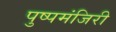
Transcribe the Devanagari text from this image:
पुष्पमंजिरी